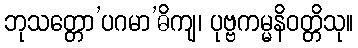
ဘုသတ္တော’ပဂမာ’ဓိကျ၊ ပုဗ္ဗကမ္မနိဝတ္တိသု။